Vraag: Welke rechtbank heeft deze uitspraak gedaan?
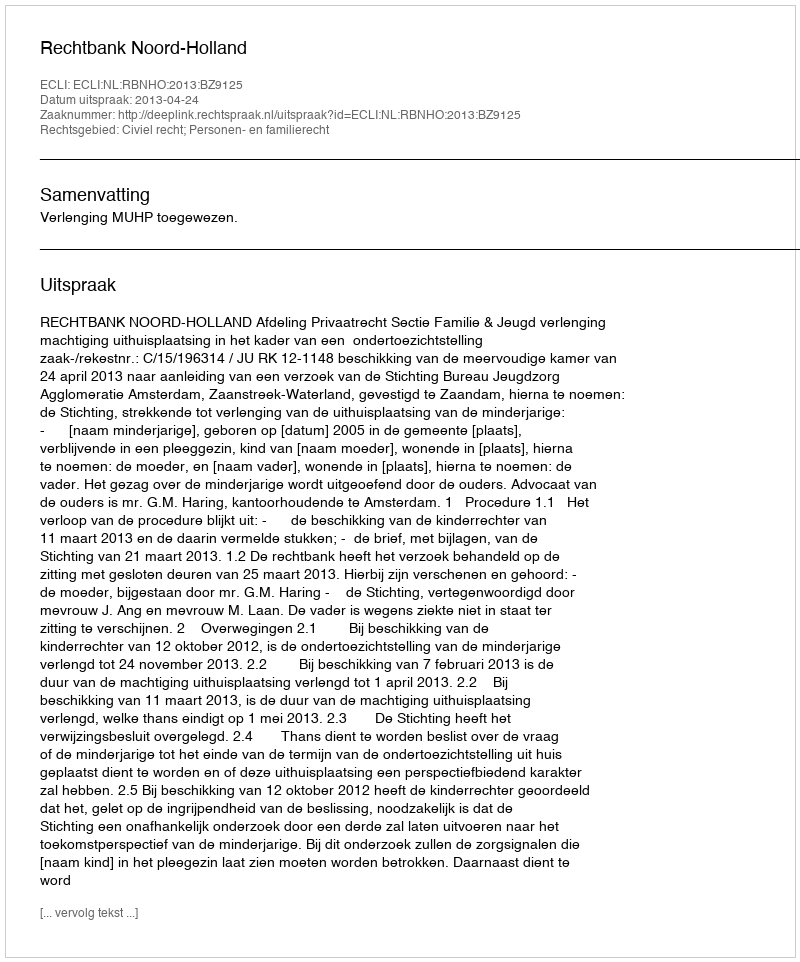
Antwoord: Rechtbank Noord-Holland